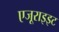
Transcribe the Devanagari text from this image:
एजूराइइट